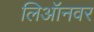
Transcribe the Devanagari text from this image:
लिऑनवर